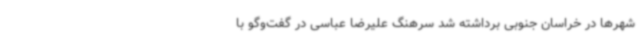
شهرها در خراسان جنوبی برداشته شد سرهنگ علیرضا عباسی در گفت‌وگو با